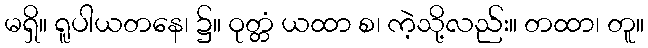
မရှိ။ ရူပါယတနေ၊ ၌။ ဝုတ္တံ ယထာ စ၊ ကဲ့သို့လည်း။ တထာ၊ တူ။